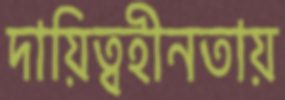
দায়িত্বহীনতায়